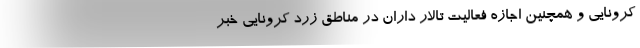
کرونایی و همچنین اجازه فعالیت تالار داران در مناطق زرد کرونایی خبر